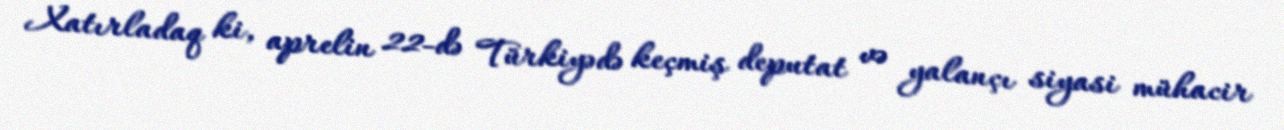
Xatırladaq ki, aprelin 22-də Türkiyədə keçmiş deputat və yalançı siyasi mühacir